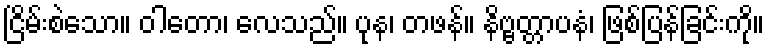
ငြိမ်းစဲသော။ ဝါတော၊ လေသည်။ ပုန၊ တဖန်။ နိဗ္ဗတ္တာပနံ၊ ဖြစ်ပြန်ခြင်းကို။